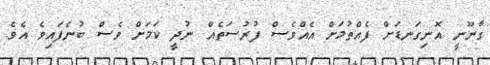
ގާނޫނީ އޮނިގަނޑަށް ފެއްތުމަށް އެއްވެސް ފުރުސަތެއް ނުދީ ކަމަށް ވެސް ބުނެފައިވެ އެވެ.